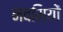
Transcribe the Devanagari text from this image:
नवमियों